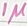
Text: 1µ